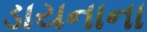
ડાયનાના